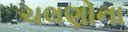
ચલણોના